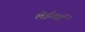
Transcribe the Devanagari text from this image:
लेईताई